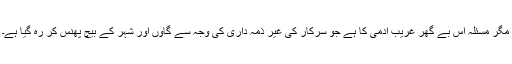
مگر مسئلہ اس بے گھر غریب آدمی کا ہے جو سرکار کی غیر ذمہ داری کی وجہ سے گاؤں اور شہر کے بیچ پھنس کر رہ گیا ہے۔